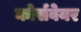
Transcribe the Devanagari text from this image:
कोर्सवेयर